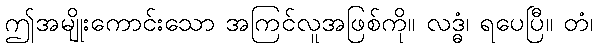
ဤအမျိုးကောင်းသော အကြင်လူအဖြစ်ကို။ လဒ္ဓံ၊ ရပေပြီ။ တံ၊